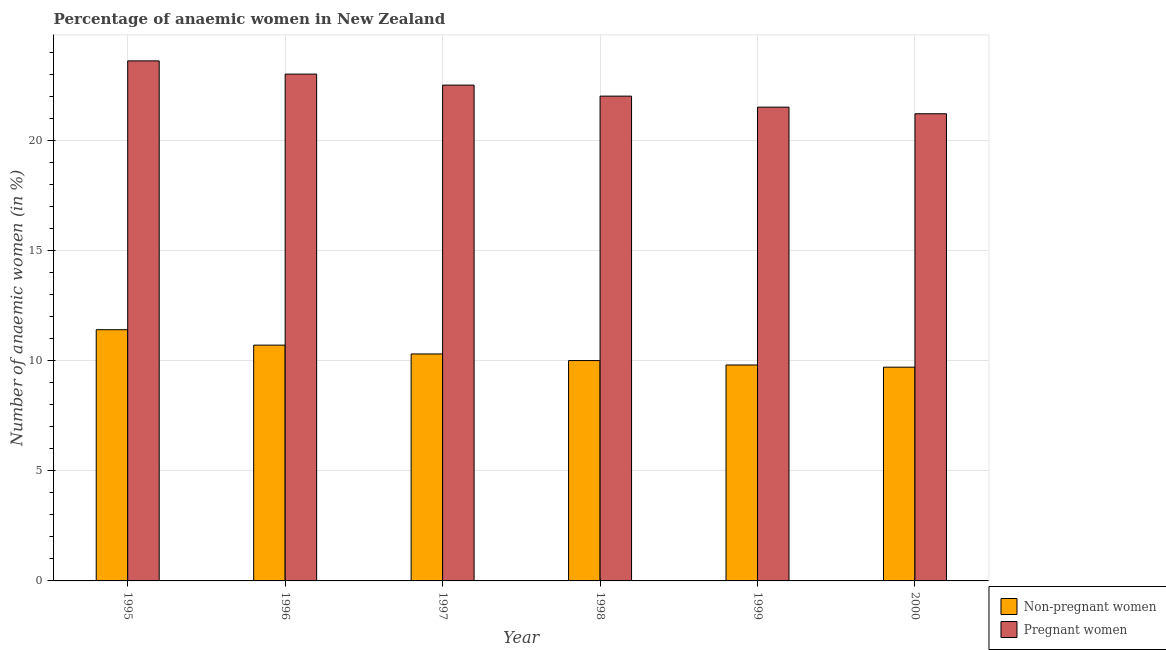
| Year | Non-pregnant women | Pregnant women |
 | --- | --- | --- |
 | 1995 | 11.4 | 23.6 |
 | 1996 | 10.7 | 23 |
 | 1997 | 10.3 | 22.5 |
 | 1998 | 10 | 22 |
 | 1999 | 9.8 | 21.5 |
 | 2000 | 9.7 | 21.2 |